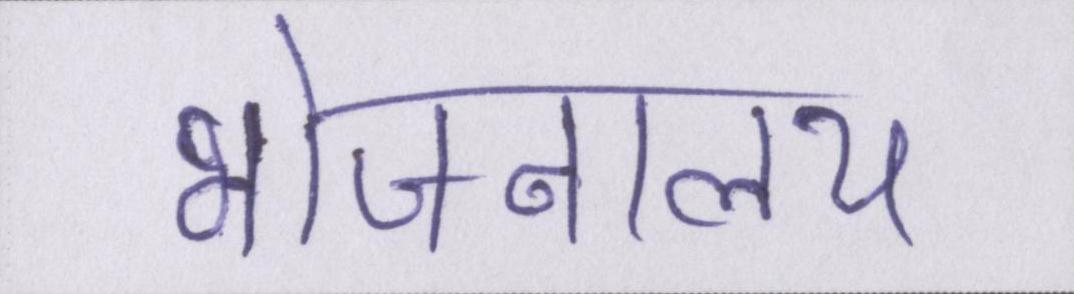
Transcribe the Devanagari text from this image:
भोजनालय